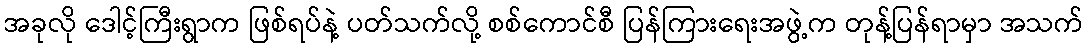
အခုလို ဒေါင့်ကြီးရွာက ဖြစ်ရပ်နဲ့ ပတ်သက်လို့ စစ်ကောင်စီ ပြန်ကြားရေးအဖွဲ့က တုန့်ပြန်ရာမှာ အသက်